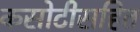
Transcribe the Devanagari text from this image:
कसोटीसहित